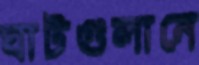
ঘাটগুলানে